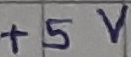
Text: +5V